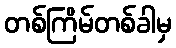
တစ်ကြိမ်တစ်ခါမှ